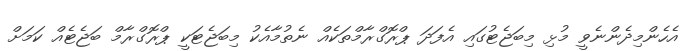
އެހެންމިދެންނެވީ މުޅި މިބަޖެޓުގައި އެފަދަ ޕްރޮގްރާމްތަކެއް ނެތުމާއެކު މިބަޖެޓަކީ ޕްރޮގްރާމް ބަޖެޓެއް ކަމަށް